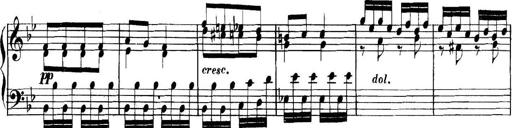
Title: Collected Piano Sonatas
Composer: Muzio Clementi